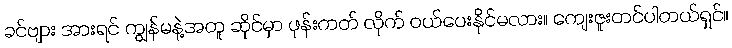
ခင်ဗျား အားရင် ကျွန်မနဲ့အတူ ဆိုင်မှာ ဖုန်းကတ် လိုက် ဝယ်ပေးနိုင်မလား။ ကျေးဇူးတင်ပါတယ်ရှင်။